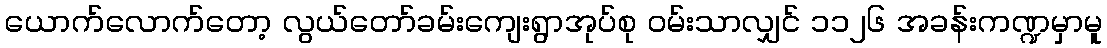
ယောက်လောက်တော့ လွယ်တော်ခမ်းကျေးရွာအုပ်စု ဝမ်းသာလျှင် ၁၁၂၆ အခန်းကဏ္ဍမှာမူ